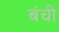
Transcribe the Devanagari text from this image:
बंची